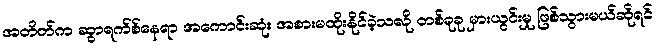
အတိတ်က ဆွာရက်စ်နေရာ အကောင်းဆုံး အစားမထိုးနိုင်ခဲ့သလို တစ်ခုခု မှားယွင်းမှု ဖြစ်သွားမယ်ဆိုရင်